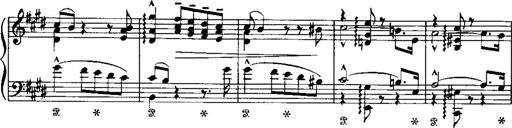
Title: LiebestrÃ¤ume
Composer: Franz Behr
Key: E-flat major